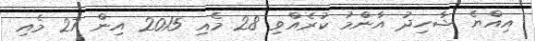
އިއްޔެ ޝާހިދު އާންމު ކުރެއްވި 28 މެއި 2015 އިން 27 މެއި